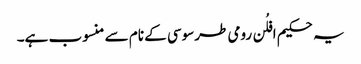
یہ حکیم افلُن رومی طرسوسی کے نام سے منسوب ہے۔